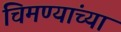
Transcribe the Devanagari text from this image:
चिमण्यांच्या